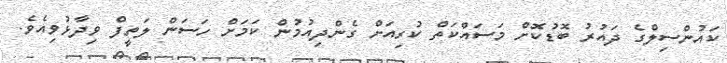
ކައުންސިލްގެ ދައުރު ބޮޑުކޮށް މަސައްކަތް ކުރިއަށް ގެންދިއުމުން ކަމަށް ހަސަން ލަތީފް ވިދާޅުވިއެވެ.